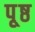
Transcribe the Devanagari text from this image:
पृ्ष्ठ